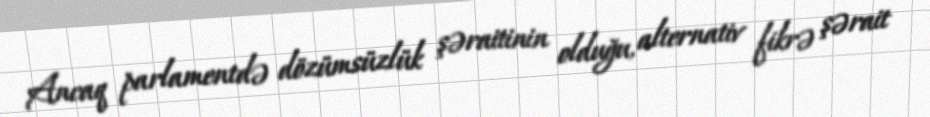
Ancaq parlamentdə dözümsüzlük şəraitinin olduğu, alternativ fikrə şərait